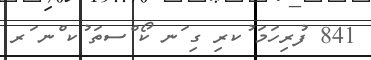
841 ފުރިހަމަ ުކރި ގި ަނ ކޯ ްސތަ ުކ ްނ ަރ